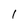
Character: l